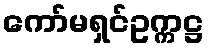
ကော်မရှင်ဥက္ကဋ္ဌ